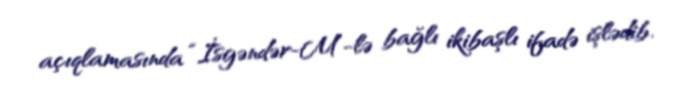
açıqlamasında “İsgəndər-M”-lə bağlı ikibaşlı ifadə işlədib.